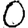
Digit: 0